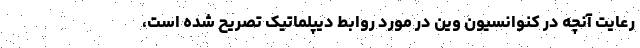
رعایت آنچه در کنوانسیون وین در مورد روابط دیپلماتیک تصریح شده است،